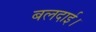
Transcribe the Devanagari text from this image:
बलदाई।